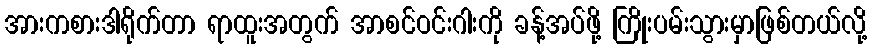
အားကစားဒါရိုက်တာ ရာထူးအတွက် အာစင်ဝင်းဂါးကို ခန့်အပ်ဖို့ ကြိုးပမ်းသွားမှာဖြစ်တယ်လို့